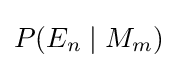
P(E_{n}\mid M_{m})